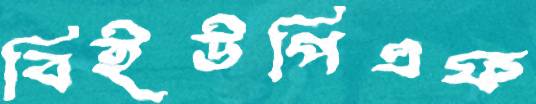
বিইউপিএফ